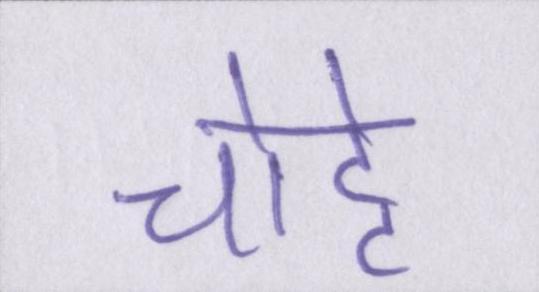
चोट्टे